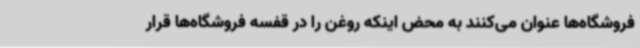
فروشگاه‌ها عنوان می‌کنند به محض اینکه روغن را در قفسه فروشگاه‌ها قرار